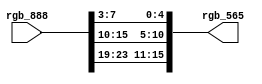
module system_rgb888_to_rgb565_0_0
   (rgb_888,
    rgb_565);
  input [23:0]rgb_888;
  output [15:0]rgb_565;

  wire [23:0]rgb_888;

  assign rgb_565[15:11] = rgb_888[23:19];
  assign rgb_565[10:5] = rgb_888[15:10];
  assign rgb_565[4:0] = rgb_888[7:3];
endmodule